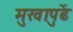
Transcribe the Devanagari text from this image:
मुखापुढें